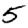
Digit: 5